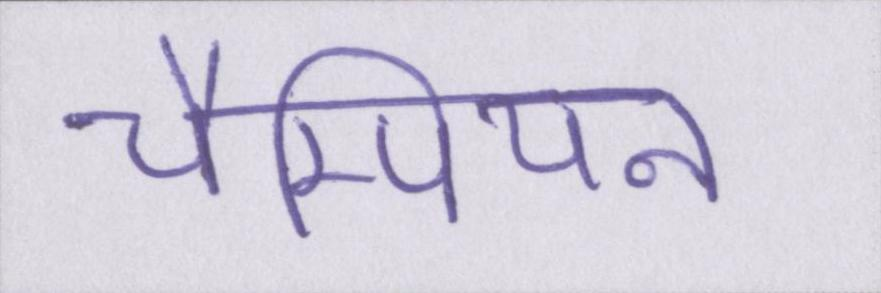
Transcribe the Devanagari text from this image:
चैम्पियन